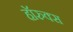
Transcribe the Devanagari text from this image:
हॉरुक्स